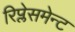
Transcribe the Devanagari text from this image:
रिप्लेसमेन्ट